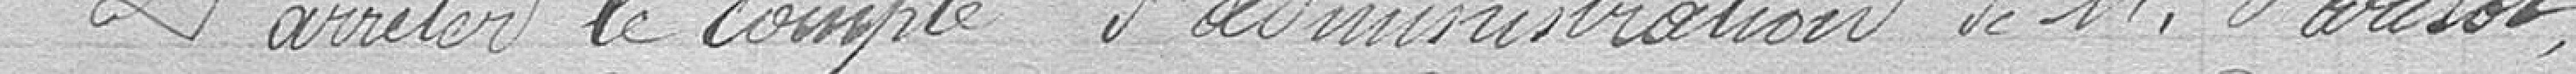
D'arrêter le compte d'administration de Monsieur Parisot